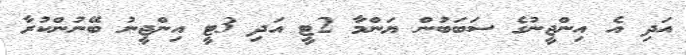
އަދި އެ އިންޖީނުގެ ސަބަބުން ޔަންމާ 2ޓީ އަދި 3ޓީ އިންޖީނު ބޭނުންކުރާ